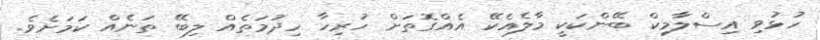
ހުޅުވި އިސްލާމިކް ބޭންކަކީ މާލެއެކޭ އެއްގޮތަށް ހުރިހާ ހިދުމަތެއް ލިބޭ ތަނެއް ކަމަށެވެ.